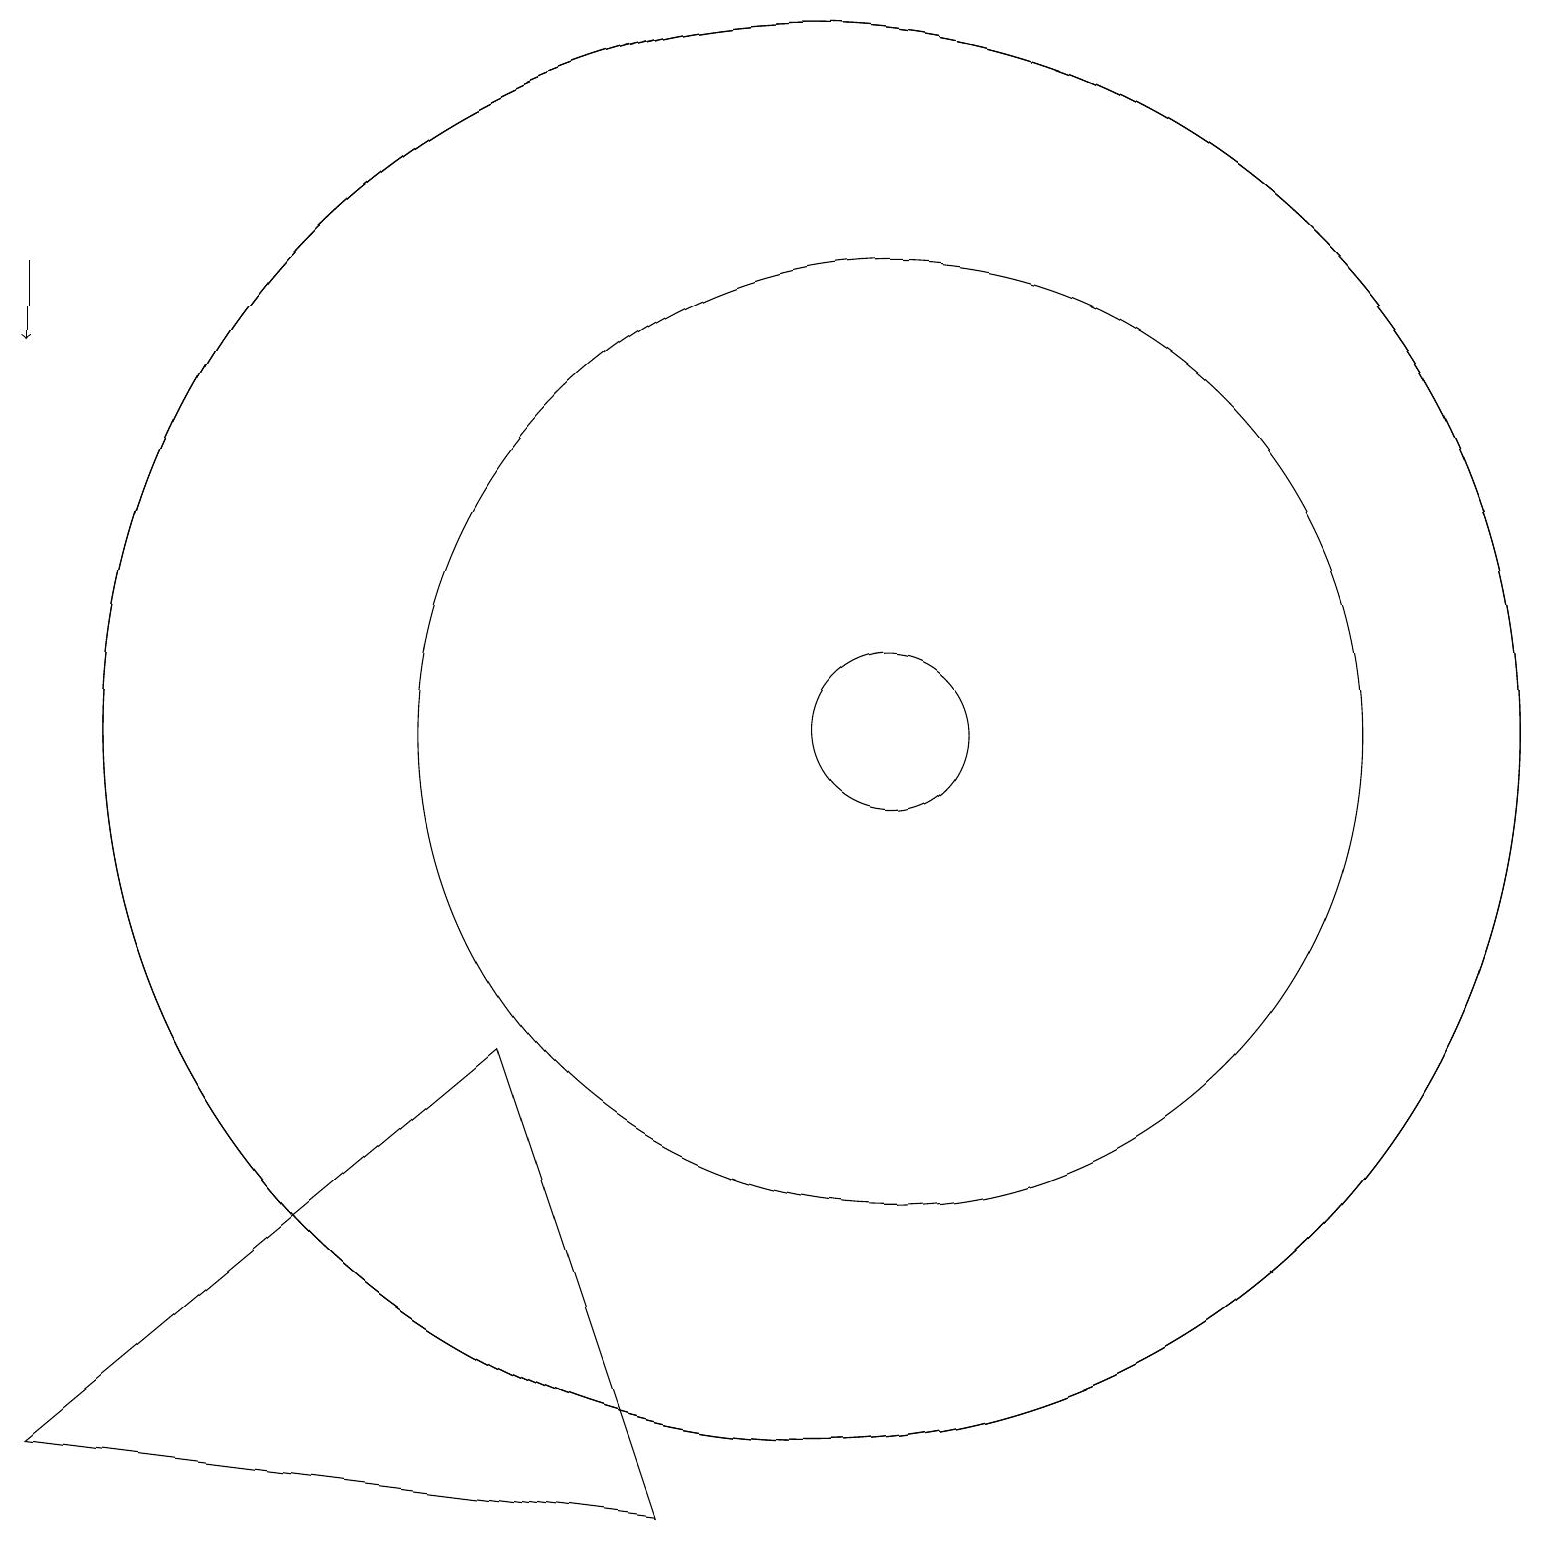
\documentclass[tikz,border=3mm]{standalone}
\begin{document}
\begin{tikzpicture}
\draw (11,11) circle (0);
\draw (11,11) circle (6);
\draw (10,11) circle (9);
\draw[->] (0,17) -- (0,16);
\draw (10,11) circle (9);
\draw (8,1) -- (0,2) -- (6,7) -- cycle;
\draw (11,11) circle (1);
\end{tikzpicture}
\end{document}